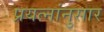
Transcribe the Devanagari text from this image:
प्रयत्नांनुसार